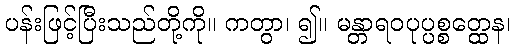
ပန်းဖြင့်ပြီးသည်တို့ကို။ ကတွာ၊ ၍။ မန္တာရဝပုပ္ပစ္စတ္ထေန၊